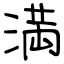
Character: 満